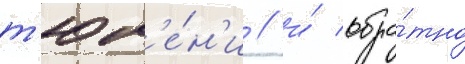
т'юм'е́н'и / и́ обра́тно